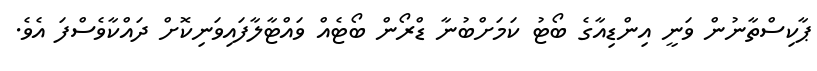
ޕާކިސްތާނުން ވަނީ އިންޑިއާގެ ބޯޓު ކަމަށްބުނާ ޑްރޯން ބޯޓެއް ވައްޓާލާފައިވަނިކޮށް ދައްކާވެސްފަ އެވެ.